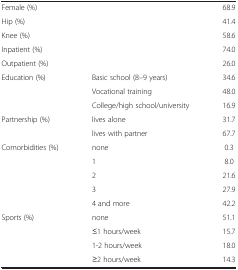
|  |  |  |
 | --- | --- | --- |
 | Female (%) |  | 68.9 |
 | Hip (%) |  | 41.4 |
 | Knee (%) |  | 58.6 |
 | Inpatient (%) |  | 74.0 |
 | Outpatient (%) |  | 26.0 |
 | Education (%) | Basic school (8–9 years) | 34.6 |
 |  | Vocational training | 48.0 |
 |  | College/high school/university | 16.9 |
 | Partnership (%) | lives alone | 31.7 |
 |  | lives with partner | 67.7 |
 | Comorbidities (%) | none | 0.3 |
 |  | 1 | 8.0 |
 |  | 2 | 21.6 |
 |  | 3 | 27.9 |
 |  | 4 and more | 42.2 |
 | Sports (%) | none | 51.1 |
 |  | ≤1 hours/week | 15.7 |
 |  | 1-2 hours/week | 18.0 |
 |  | ≥2 hours/week | 14.3 |